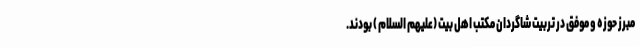
مبرز حوزه و موفق در تربیت شاگردان مکتب اهل بیت ‌(علیهم السلام ) بودند.